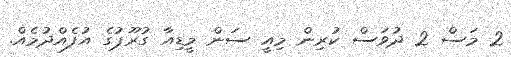
2 މަސް 2 ދުވަސް ކުރިން މިއީ ސަން މީޑިއާ ގުރޫޕުގެ އުފެއްދުމެއް.